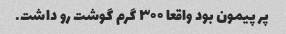
پر پیمون بود واقعا ۳۰۰ گرم گوشت رو داشت.